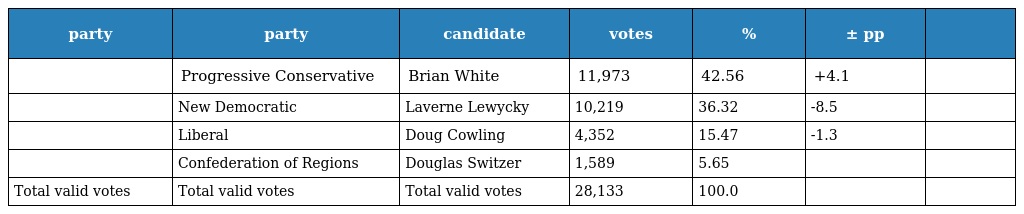
| party | party | candidate | votes | % | ± pp |  |
 | --- | --- | --- | --- | --- | --- | --- |
 |  | Progressive Conservative | Brian White | 11,973 | 42.56 | +4.1 |  |
 |  | New Democratic | Laverne Lewycky | 10,219 | 36.32 | -8.5 |  |
 |  | Liberal | Doug Cowling | 4,352 | 15.47 | -1.3 |  |
 |  | Confederation of Regions | Douglas Switzer | 1,589 | 5.65 |  |  |
 | Total valid votes | Total valid votes | Total valid votes | 28,133 | 100.0 |  |  |